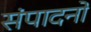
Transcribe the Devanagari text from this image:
संपादनों